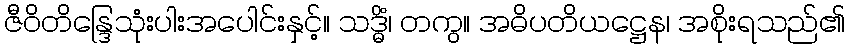
ဇီဝိတိန္ဒြေသုံးပါးအပေါင်းနှင့်။ သဒ္ဓိံ၊ တကွ။ အဓိပတိယဋ္ဌေန၊ အစိုးရသည်၏